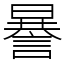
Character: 謈